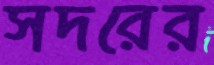
সদরের